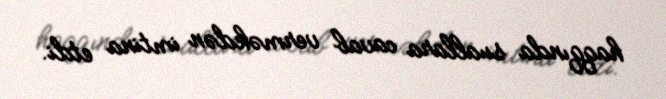
haqqında suallara cavab verməkdən imtina etdi.